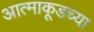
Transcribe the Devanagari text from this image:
आत्माकूडच्या